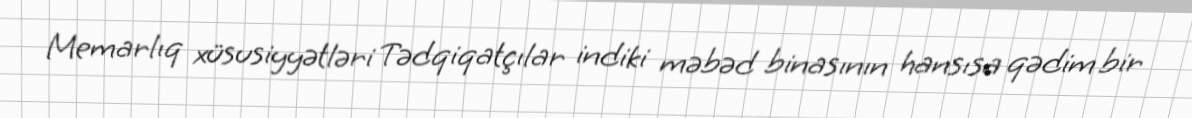
Memarlıq xüsusiyyətləri Tədqiqatçılar indiki məbəd binasının hansısa qədim bir